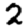
Digit: 2